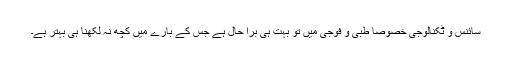
سائنس و ٹکنالوجی خصوصا طبی و فوجی میں تو بہت ہی برا حال ہے جس کے بارے میں کچھ نہ لکھنا ہی بہتر ہے۔